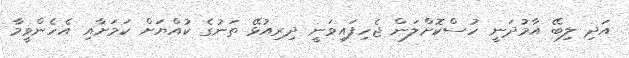
އަދި ލިބޭ އާމުދަނީ ހުސްކޮށްލަން ޖެހިފައިވަނީ ދިރިއުޅޭ ތަނުގެ ކުއްޔަށް ކަމަަށާއި އެހެންވީމާ